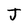
Character: J